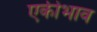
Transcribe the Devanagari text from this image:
एकीभाव